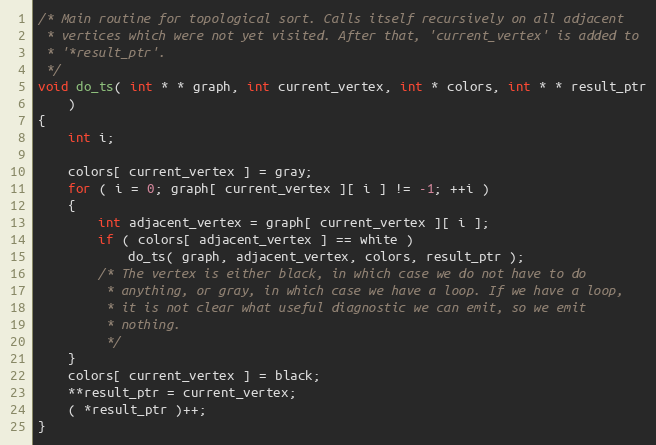
Language: C
/* Main routine for topological sort. Calls itself recursively on all adjacent
 * vertices which were not yet visited. After that, 'current_vertex' is added to
 * '*result_ptr'.
 */
void do_ts( int * * graph, int current_vertex, int * colors, int * * result_ptr
    )
{
    int i;

    colors[ current_vertex ] = gray;
    for ( i = 0; graph[ current_vertex ][ i ] != -1; ++i )
    {
        int adjacent_vertex = graph[ current_vertex ][ i ];
        if ( colors[ adjacent_vertex ] == white )
            do_ts( graph, adjacent_vertex, colors, result_ptr );
        /* The vertex is either black, in which case we do not have to do
         * anything, or gray, in which case we have a loop. If we have a loop,
         * it is not clear what useful diagnostic we can emit, so we emit
         * nothing.
         */
    }
    colors[ current_vertex ] = black;
    **result_ptr = current_vertex;
    ( *result_ptr )++;
}